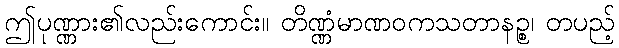
ဤပုဏ္ဏား၏လည်းကောင်း။ တိဏ္ဏံမာဏဝကသတာနဉ္စ၊ တပည့်